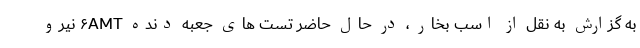
به گزارش به نقل از اسب بخار ، در حال حاضر تست های جعبه دنده ۶AMT نیرو